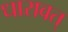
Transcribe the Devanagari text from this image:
धारावत्‌